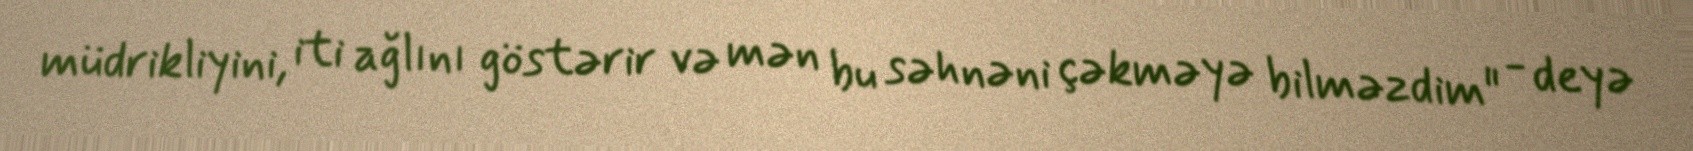
müdrikliyini, iti ağlını göstərir və mən bu səhnəni çəkməyə bilməzdim" - deyə